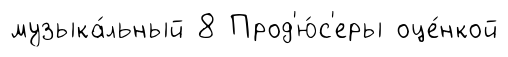
музыка́льный 8 Прод'ю́с'еры оце́нкой